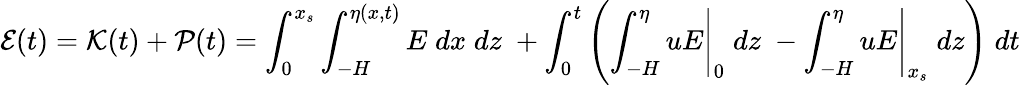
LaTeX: \mathcal{E}(t)=\mathcal{K}(t)+\mathcal{P}(t)=\int_{0}^{x_{s}}\int_{-H}^{\eta(x,t)}E\; dx\; dz\; +\int_{0}^{t}\left(\left.\int_{-H}^{\eta}uE\right|_{0}\; dz\; -\left.\int_{-H}^{\eta}uE\right|_{x_{s}}\; dz\right)\; dt